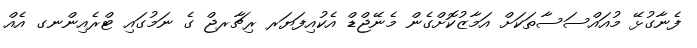
ފެނާގުޅޭ މުއައްސަސާތަކަށް އަމާޒުކޮށްގެން މެނޭޖްޑް އެކުއިފަޔަރ ރިޗާރޖް ގެ ނަމުގައި ޓްރެއިންނގ އެއް